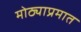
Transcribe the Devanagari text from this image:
मोठ्याप्रमात